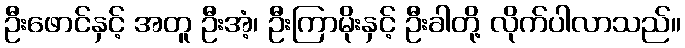
ဦးဖောင်နှင့် အတူ ဦးအံ့၊ ဦးကြာမိုးနှင့် ဦးခါတို့ လိုက်ပါလာသည်။